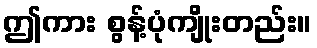
ဤကား စွန့်ပုံကျိုးတည်း။